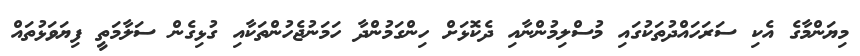
މިޔަންމާގެ އެކި ސަރަހައްދުތަކުގައި މުސްލިމުންނާއި ދެކޮޅަށް ހިންގަމުންދާ ހަމަނުޖެހުންތަކާއި ގުޅިގެން ސަލާމަތީ ފިޔަވަޅުތައް